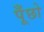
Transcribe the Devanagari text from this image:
पूँछो